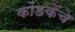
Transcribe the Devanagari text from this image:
कोंडकेंचे